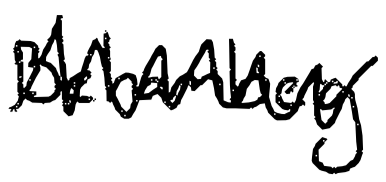
Text: Behamberg
Cross-out: zig-zag
Writing tool: digital_black